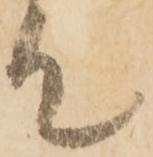
て